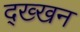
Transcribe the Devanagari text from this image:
द्ख्खन